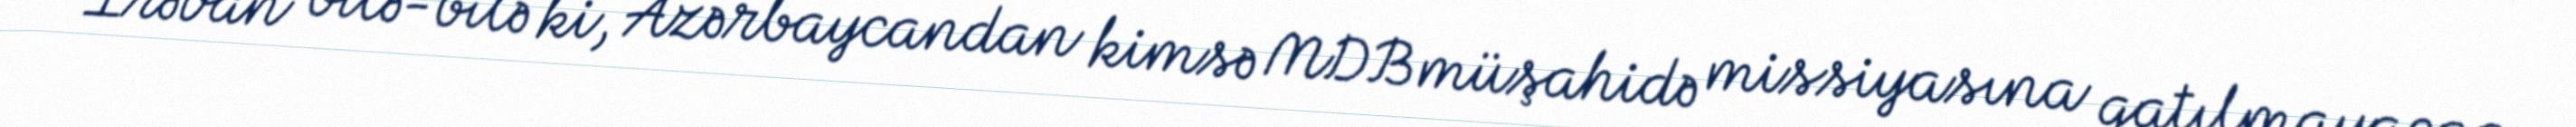
İrəvan bilə-bilə ki, Azərbaycandan kimsə MDB müşahidə missiyasına qatılmayacaq,